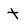
Character: t